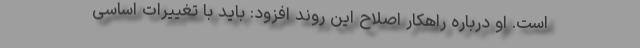
است. او درباره راهکار اصلاح این روند افزود: باید با تغییرات اساسی